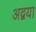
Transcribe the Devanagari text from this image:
अद्वया